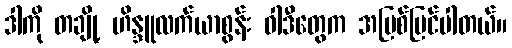
ဒါကို တချို့ ဟိန္ဒူလက်ယာစွန်း ဝါဒီတွေက အပြစ်မြင်ပါတယ်။